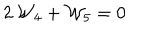
LaTeX: 2 \, { \cal W } _ { 4 } + { \cal W } _ { 5 } = 0